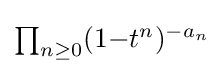
\textstyle \prod _{n\geq 0}(1{-}t^{n})^{-a_{n}}